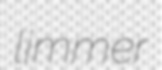
limmer